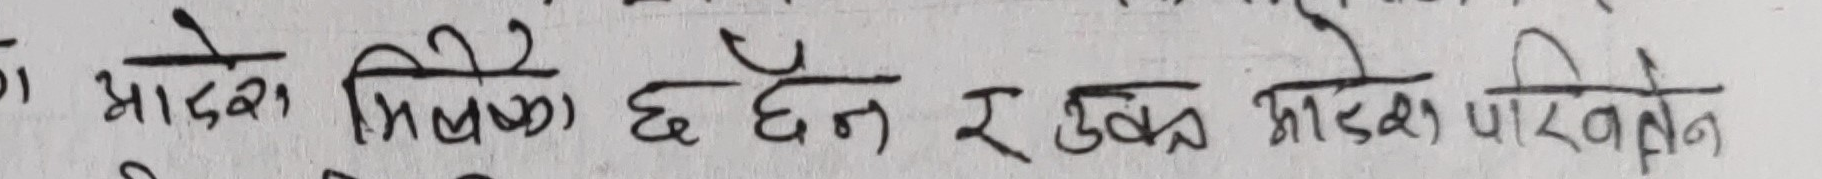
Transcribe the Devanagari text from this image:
आदेश मिलेका छैन र उक्त आदेश पारित